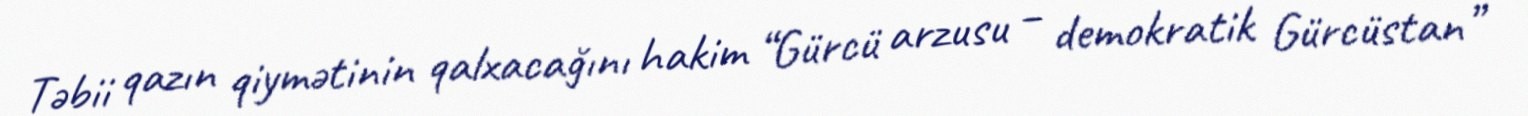
Təbii qazın qiymətinin qalxacağını hakim “Gürcü arzusu – demokratik Gürcüstan”